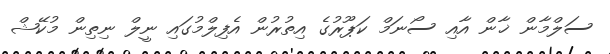
ސަލްމާން ޚާން އާއި ސޯނަމް ކަޕޫރުގެ އިތުރުން އެފިލްމުގައި ނީލް ނިތިން މުކޭޝް